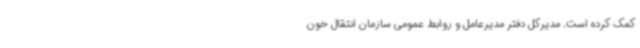
کمک کرده است. مدیرکل دفتر مدیرعامل و روابط عمومی سازمان انتقال خون